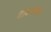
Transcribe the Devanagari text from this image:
वाध्न्यस्वा